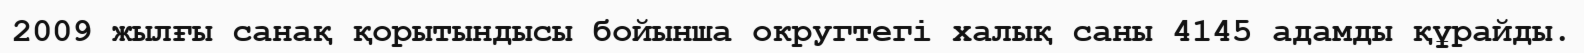
2009 жылғы санақ қорытындысы бойынша округтегі халық саны 4145 адамды құрайды.